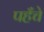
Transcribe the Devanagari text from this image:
पहँचे